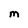
Character: M